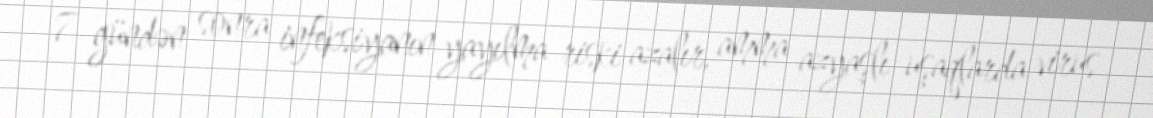
7 gündən sonra infeksiyanın yayılma riski azalır, amma azyaşlı uşaqlarda virus